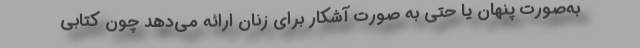
به‌صورت پنهان یا حتی به صورت آشکار برای زنان ارائه می‌دهد چون کتابی